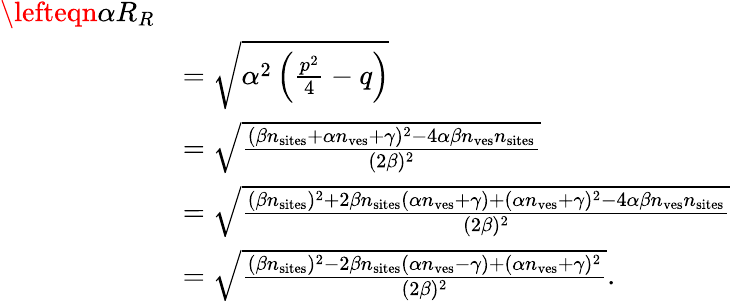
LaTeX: \begin{array}{rl}{\lefteqn{\alpha R_{R}}}\\ &{=\sqrt{\alpha^{2}\left(\frac{p^{2}}{4}-q\right)}}\\ &{=\sqrt{\frac{(\beta n_{\mathrm{sites}}+\alpha n_{\mathrm{ves}}+\gamma)^{2}-4\alpha\beta n_{\mathrm{ves}}n_{\mathrm{sites}}}{(2\beta)^{2}}}}\\ &{=\sqrt{\frac{(\beta n_{\mathrm{sites}})^{2}+2\beta n_{\mathrm{sites}}(\alpha n_{\mathrm{ves}}+\gamma)+(\alpha n_{\mathrm{ves}}+\gamma)^{2}-4\alpha\beta n_{\mathrm{ves}}n_{\mathrm{sites}}}{(2\beta)^{2}}}}\\ &{=\sqrt{\frac{(\beta n_{\mathrm{sites}})^{2}-2\beta n_{\mathrm{sites}}(\alpha n_{\mathrm{ves}}-\gamma)+(\alpha n_{\mathrm{ves}}+\gamma)^{2}}{(2\beta)^{2}}}.}\end{array}